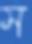
স